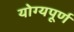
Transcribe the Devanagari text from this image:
योग्यपूर्ण